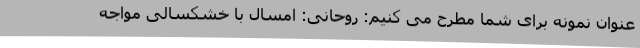
عنوان نمونه برای شما مطرح می کنیم: روحانی: امسال با خشکسالی مواجه